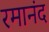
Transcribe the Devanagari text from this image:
रमानंद